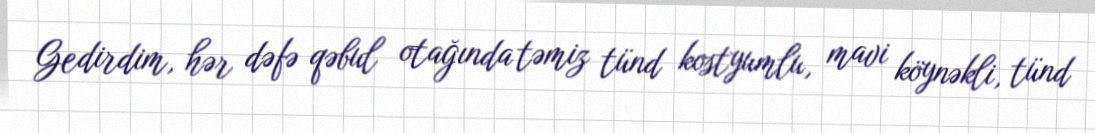
Gedirdim, hər dəfə qəbul otağında təmiz tünd kostyumlu, mavi köynəkli, tünd